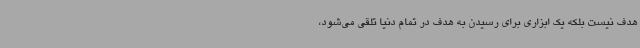
هدف نیست بلکه یک ابزاری برای رسیدن به هدف در تمام دنیا تلقی می‌شود،